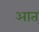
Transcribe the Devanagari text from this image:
आत्